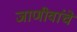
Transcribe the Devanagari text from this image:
जाणीवांचे